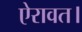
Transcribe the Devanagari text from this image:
ऐरावत।